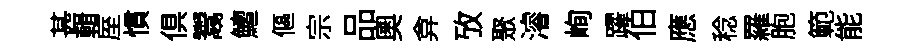
甚輯厔慣俱鬻鱣傴宗品奧弇攷聚濬峋躍伯應稔羅胞範能